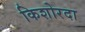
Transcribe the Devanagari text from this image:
किशोरदा